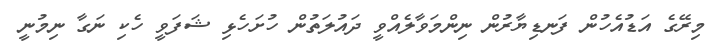
މިރޭގެ އަޑުއެހުން ފަނޑިޔާރުން ނިންމަވާލެއްވީ ދައުލަތުން ހުށަހެޅި ޝަފަވީ ހެކި ނަގާ ނިމުނީ